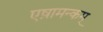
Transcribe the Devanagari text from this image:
एष़ामन्कम्